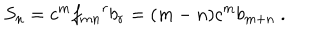
S _ { n } = c ^ { m } { f _ { m n } } ^ { r } b _ { r } = ( m - n ) c ^ { m } b _ { m + n } ~ .